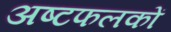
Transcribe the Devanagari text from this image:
अष्टफलकों